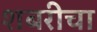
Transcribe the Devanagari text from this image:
शबरीचा